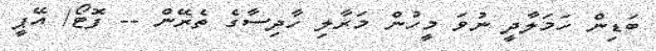
ބަޑިން ހަމަލާދީ ނުވަ މީހުން މަރާލި ހާދިސާގެ ތެރޭން -- ފޮޓޯ/ އޭޕީ